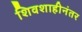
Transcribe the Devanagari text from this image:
शिवशाहीनंतर